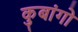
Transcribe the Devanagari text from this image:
कुबांगो